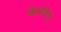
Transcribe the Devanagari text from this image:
सेनाजित्